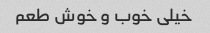
خیلی خوب و خوش طعم